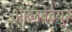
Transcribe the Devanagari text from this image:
ऑब्जवेटेयुर